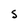
Character: S